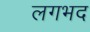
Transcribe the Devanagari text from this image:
लगभद